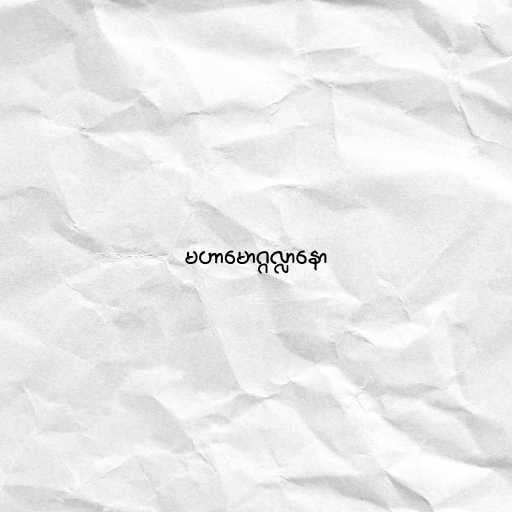
မဟာမောဂ္ဂလ္လာနော